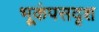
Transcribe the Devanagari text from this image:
भूकंपसदृश